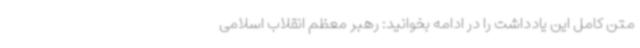
متن کامل این یادداشت را در ادامه بخوانید: رهبر معظم انقلاب اسلامی